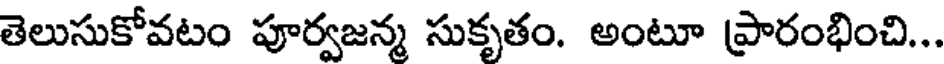
తెలుసుకోవటం పూర్వజన్మ సుకృతం. అంటూ ప్రారంభించి...